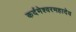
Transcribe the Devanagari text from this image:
कर्दमेश्वरमहादेव